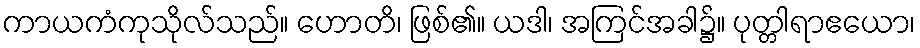
ကာယကံကုသိုလ်သည်။ ဟောတိ၊ ဖြစ်၏။ ယဒါ၊ အကြင်အခါ၌။ ပုတ္တါရာဧယော၊